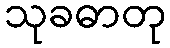
သုခဓာတု